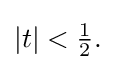
{\textstyle |t|<{\frac {1}{2}}.}